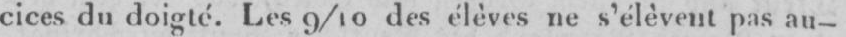
cices du doigté. Les 9/10 des élèves ne s’élèvent pas au-